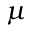
\mu